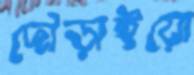
দৌড়াইয়ো